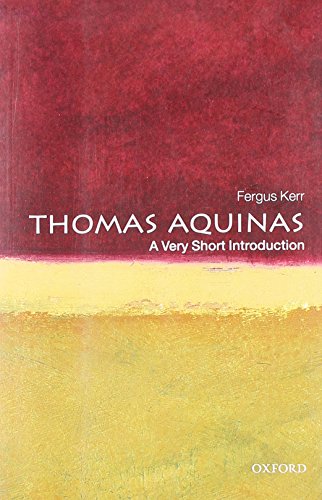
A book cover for Thomas Aquinas: A Very Short Introduction; Fergus Kerr; Biographies & Memoirs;